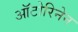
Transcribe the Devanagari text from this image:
ऑटोरिनेन